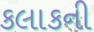
કલાકની